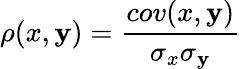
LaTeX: \rho(x,\mathbf{y})=\frac{{cov(x,\mathbf{y})}}{{\sigma_{x}\sigma_{\mathbf{y}}}}